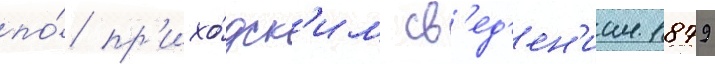
по́ пр'ихо́дск'им св'ед'ен'иам 1879